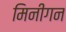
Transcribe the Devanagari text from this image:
मिनीगन